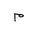
Letter: _mim